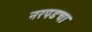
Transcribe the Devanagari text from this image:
नरपडचा